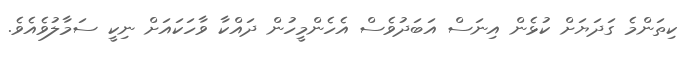
ކިތަންމެ ގަދަޔަށް ކުޅެން އިނަސް އަބަދުވެސް އެހެންމީހުން ދައްކާ ވާހަކައަށް ނިކީ ސަމާލުވެއެވެ.